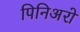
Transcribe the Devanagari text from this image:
पिनिअरो